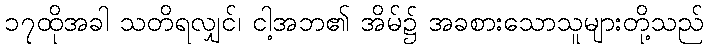
၁၇ထိုအခါ သတိရလျှင်၊ ငါ့အဘ၏ အိမ်၌ အခစားသောသူများတို့သည်